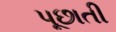
પૂછાતી